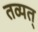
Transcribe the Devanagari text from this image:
तव्यत्